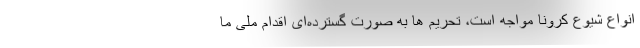
انواع شیوع کرونا مواجه است، تحریم ها به صورت گسترده‌ای اقدام ملی ما